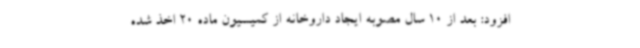
افزود: بعد از 10 سال مصوبه ایجاد داروخانه از کمیسیون ماده 20 اخذ شده